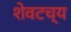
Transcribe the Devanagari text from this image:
शेवटच्य